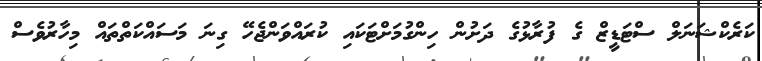
ކަރެކްޝަނަލް ސްޓަޑީޒް ގެ ފުރާޅުގެ ދަށުން ހިންގުމަށްޓަކައި ކުރައްވަންޖެހޭ ގިނަ މަސައްކަތްތައް މިހާރުވެސް